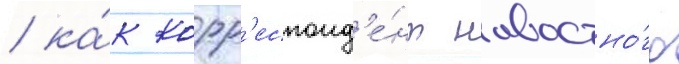
/ ка́к корр'еспонд'е́нт новостно́го